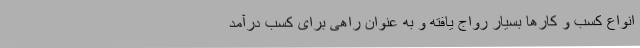
انواع کسب و کارها بسیار رواج یافته و به عنوان راهی برای کسب درآمد